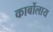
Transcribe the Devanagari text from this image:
कार्बोलाय